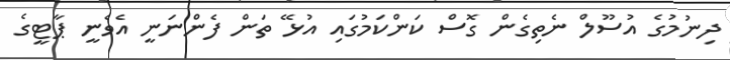
ދިނުމުގެ އުސޫލް ނެތިގެން ގޮސް ކަންކަމުގައި އުޅޭ ތަން ފެންނަނީ އެވެނީ ޕާޓީގެ